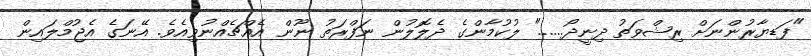
"ފަޑޔާރުންނަށް ރިޝްވަތު ދިނީދޯ......" ލުކުމާންގެ ދެލޮލުން ނަފްރަތު ނޫން އެއްޗެއްނުވިއެވެ. އޭނަގެ އެޖުމްލައިން